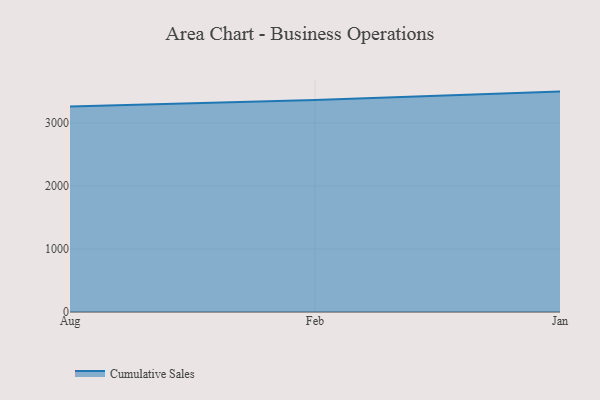
{"axis": {"x": "Month", "y": "Budget (USD K)"}, "legend": ["Cumulative Sales"], "data": [{"x": "Aug", "y": 3264.3, "type": "Cumulative Sales"}, {"x": "Feb", "y": 3367.1, "type": "Cumulative Sales"}, {"x": "Jan", "y": 3499.4, "type": "Cumulative Sales"}]}